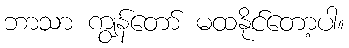
ဘာသာ ကျွန်တော် မထနိုင်တော့ပါ။